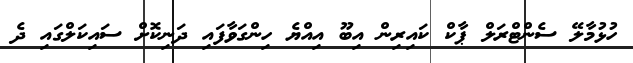
ހުޅުމާލޭ ސެންޓްރަލް ޕާކް ކައިރިން އިބޫ އިއްޔެ ހިންގަވާފައި ދަނިކޮށް ސައިކަލްގައި ދެ